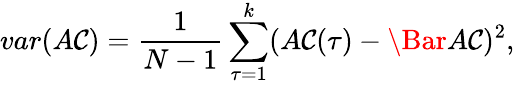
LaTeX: var(A\mathcal{C})=\frac{{1}}{{N-1}}\sum_{\tau=1}^{k}(A\mathcal{C}(\tau)-\Bar{A\mathcal{C}})^{2},